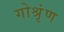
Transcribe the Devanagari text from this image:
गोश्रृंण